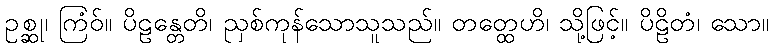
ဥစ္ဆု၊ ကြံဝ်။ ပိဠန္တေတိ၊ ညှစ်ကုန်သောသူသည်။ တတ္ထေဟိ၊ သို့ဖြင့်။ ပိဠိတံ၊ သော။